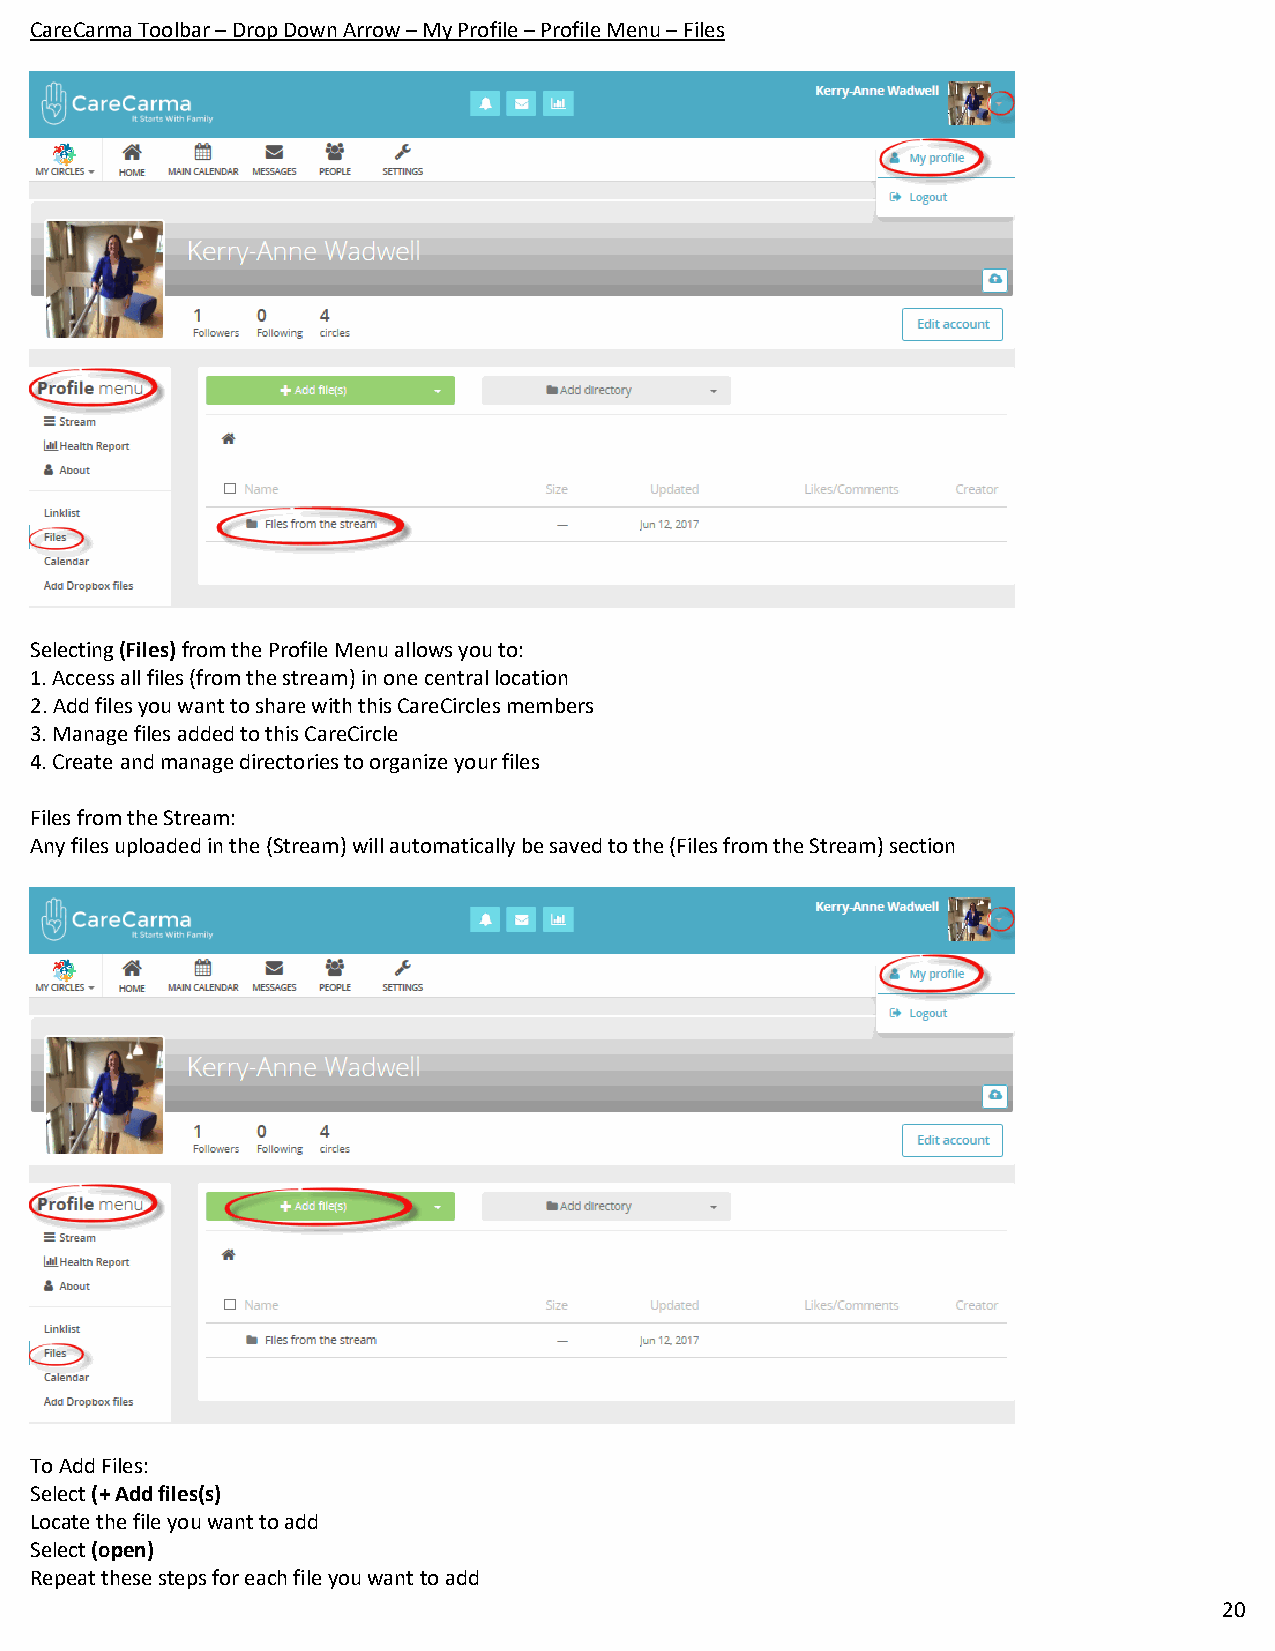
CareCarma Toolbar – Drop Down Arrow – My Profile – Profile Menu – Files
 Selecting (Files) from the Profile Menu allows you to:
 1. Access all files (from the stream) in one central location
 2. Add files you want to share with this CareCircles members
 3. Manage files added to this CareCircle
 4. Create and manage directories to organize your files
 Files from the Stream:
 Any files uploaded in the (Stream) will automatically be saved to the (Files from the Stream) section
 To Add Files:
 Select (+ Add files(s)
 Locate the file you want to add
 Select (open)
 Repeat these steps for each file you want to add
 20